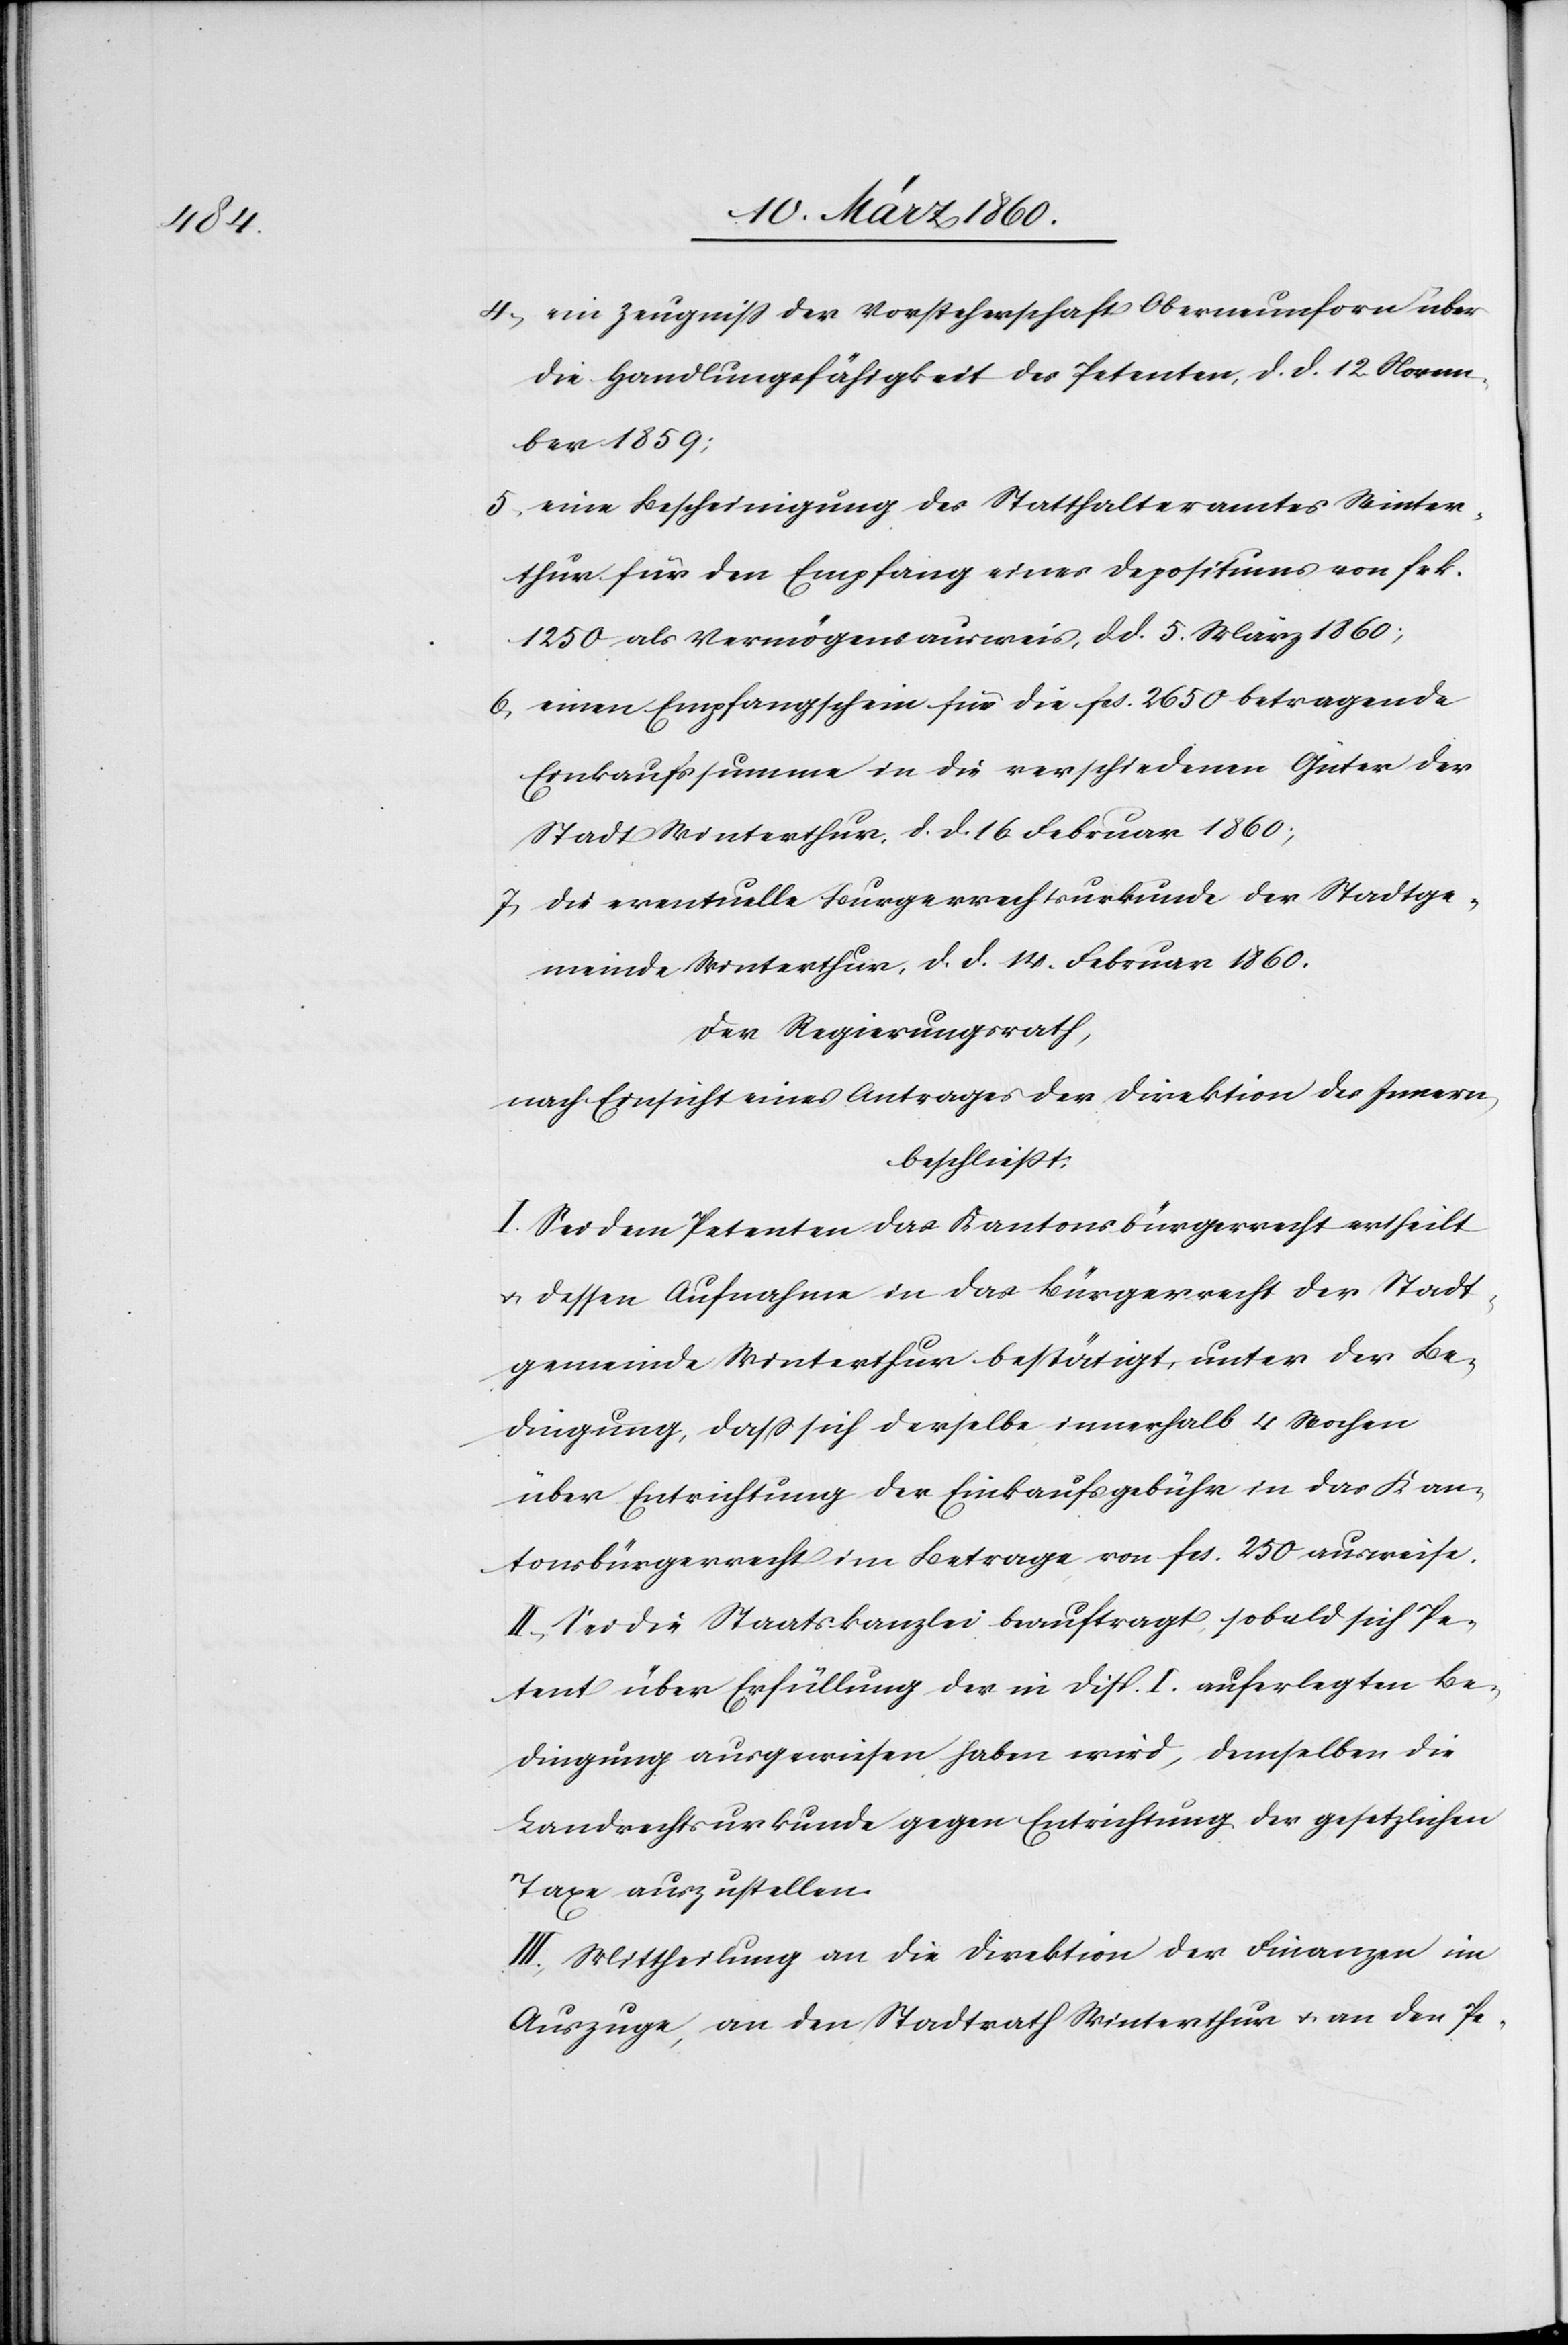
4. ein Zeugniss der Vorsteherschaft Oberneunforn über
die Handlungsfähigkeit des Petenten, d. d. 12. Novem¬
ber 1859;
5. eine Bescheinigung des Statthalteramtes Winter¬
thur für den Empfang eines Depositums von frk.
1250 als Vermögensausweis, d. d. 5. März 1860;
6. einen Empfangschein für die fcs. 2650 betragende
Einkaufssumme in die verschiedenen Güter der
Stadt Winterthur, d. d. 16. Februar 1860;
7. die eventuelle Burgerrechtsurkunde [sic!] der Stadtge¬
meinde Winterthur, d. d. 14. Februar 1860.
Der Regierungsrath,
nach Einsicht eines Antrages der Direktion des Innern,
beschliesst:
I. Sei dem Petenten das Kantonsbürgerrecht ertheilt
u. dessen Aufnahme in das Bürgerrecht der Stadt¬
gemeinde Winterthur bestätigt, unter der Be¬
dingung, dass sich derselbe innerhalb 4 Wochen
über Entrichtung der Einkaufsgebühr in das Kan¬
tonsbürgerrecht im Betrage von fcs. 250 ausweise.
II. Sei die Staatskanzlei beauftragt, sobald sich Pe¬
tent über Erfüllung der in Disp. I. auferlegten Be¬
dingung ausgewiesen haben wird, demselben die
Landrechtsurkunde gegen Entrichtung der gesetzlichen
Taxe auszustellen.
III. Mittheilung an die Direktion der Finanzen im
Auszuge, an den Stadtrath Winterthur u. an den Pe-